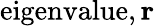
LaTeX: {\mathrm{eigenvalue}},\mathbf{r}